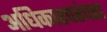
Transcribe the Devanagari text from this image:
अधिकारपरंपरा